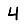
Digit: 4